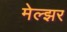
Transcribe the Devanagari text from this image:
मेल्झर